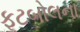
ફૂટબોલના